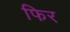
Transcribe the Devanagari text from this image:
फिर